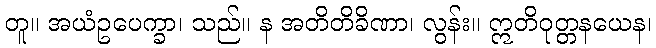
တူ။ အယံဥပေက္ခာ၊ သည်။ န အတိတိခိဏာ၊ လွန်း။ ဣတိဝုတ္တနယေန၊